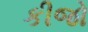
કીજો